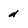
Character: d